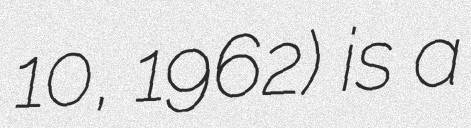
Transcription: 10, 1962) is a